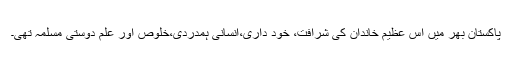
پاکستان بھر میں اس عظیم خاندان کی شرافت، خود داری،انسانی ہمدردی،خلوص اور علم دوستی مسلمہ تھی۔